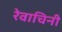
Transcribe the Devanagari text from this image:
रेवाचिनी